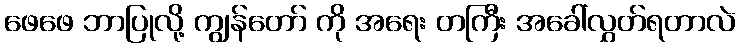
ဖေဖေ ဘာပြုလို့ ကျွန်တော် ကို အရေး တကြီး အခေါ်လွှတ်ရတာလဲ